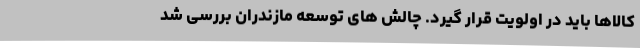
کالاها باید در اولویت قرار گیرد. چالش های توسعه مازندران بررسی شد